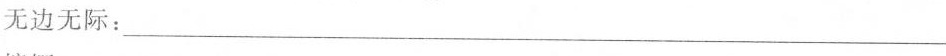
无边无际：___